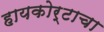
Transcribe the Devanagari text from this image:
हायकोर्टाचा